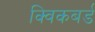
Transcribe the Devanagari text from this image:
क्विकबर्ड